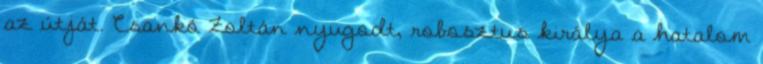
az útját. Csankó Zoltán nyugodt, robosztus királya a hatalom